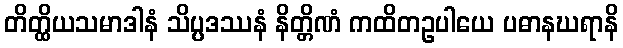
တိတ္ထိယသမာဒါနံ သိပ္ပဒဿနံ နိတ္တိဏံ ကထိတဥပါယေ ပဓာနဃရာနိ